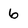
Character: 6